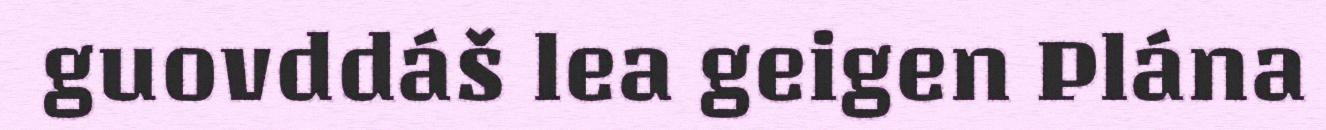
guovddáš lea geigen Plána